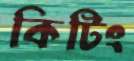
কিটিং